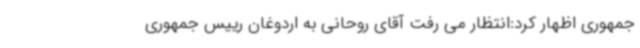
جمهوری اظهار کرد:انتظار می رفت آقای روحانی به اردوغان رییس جمهوری